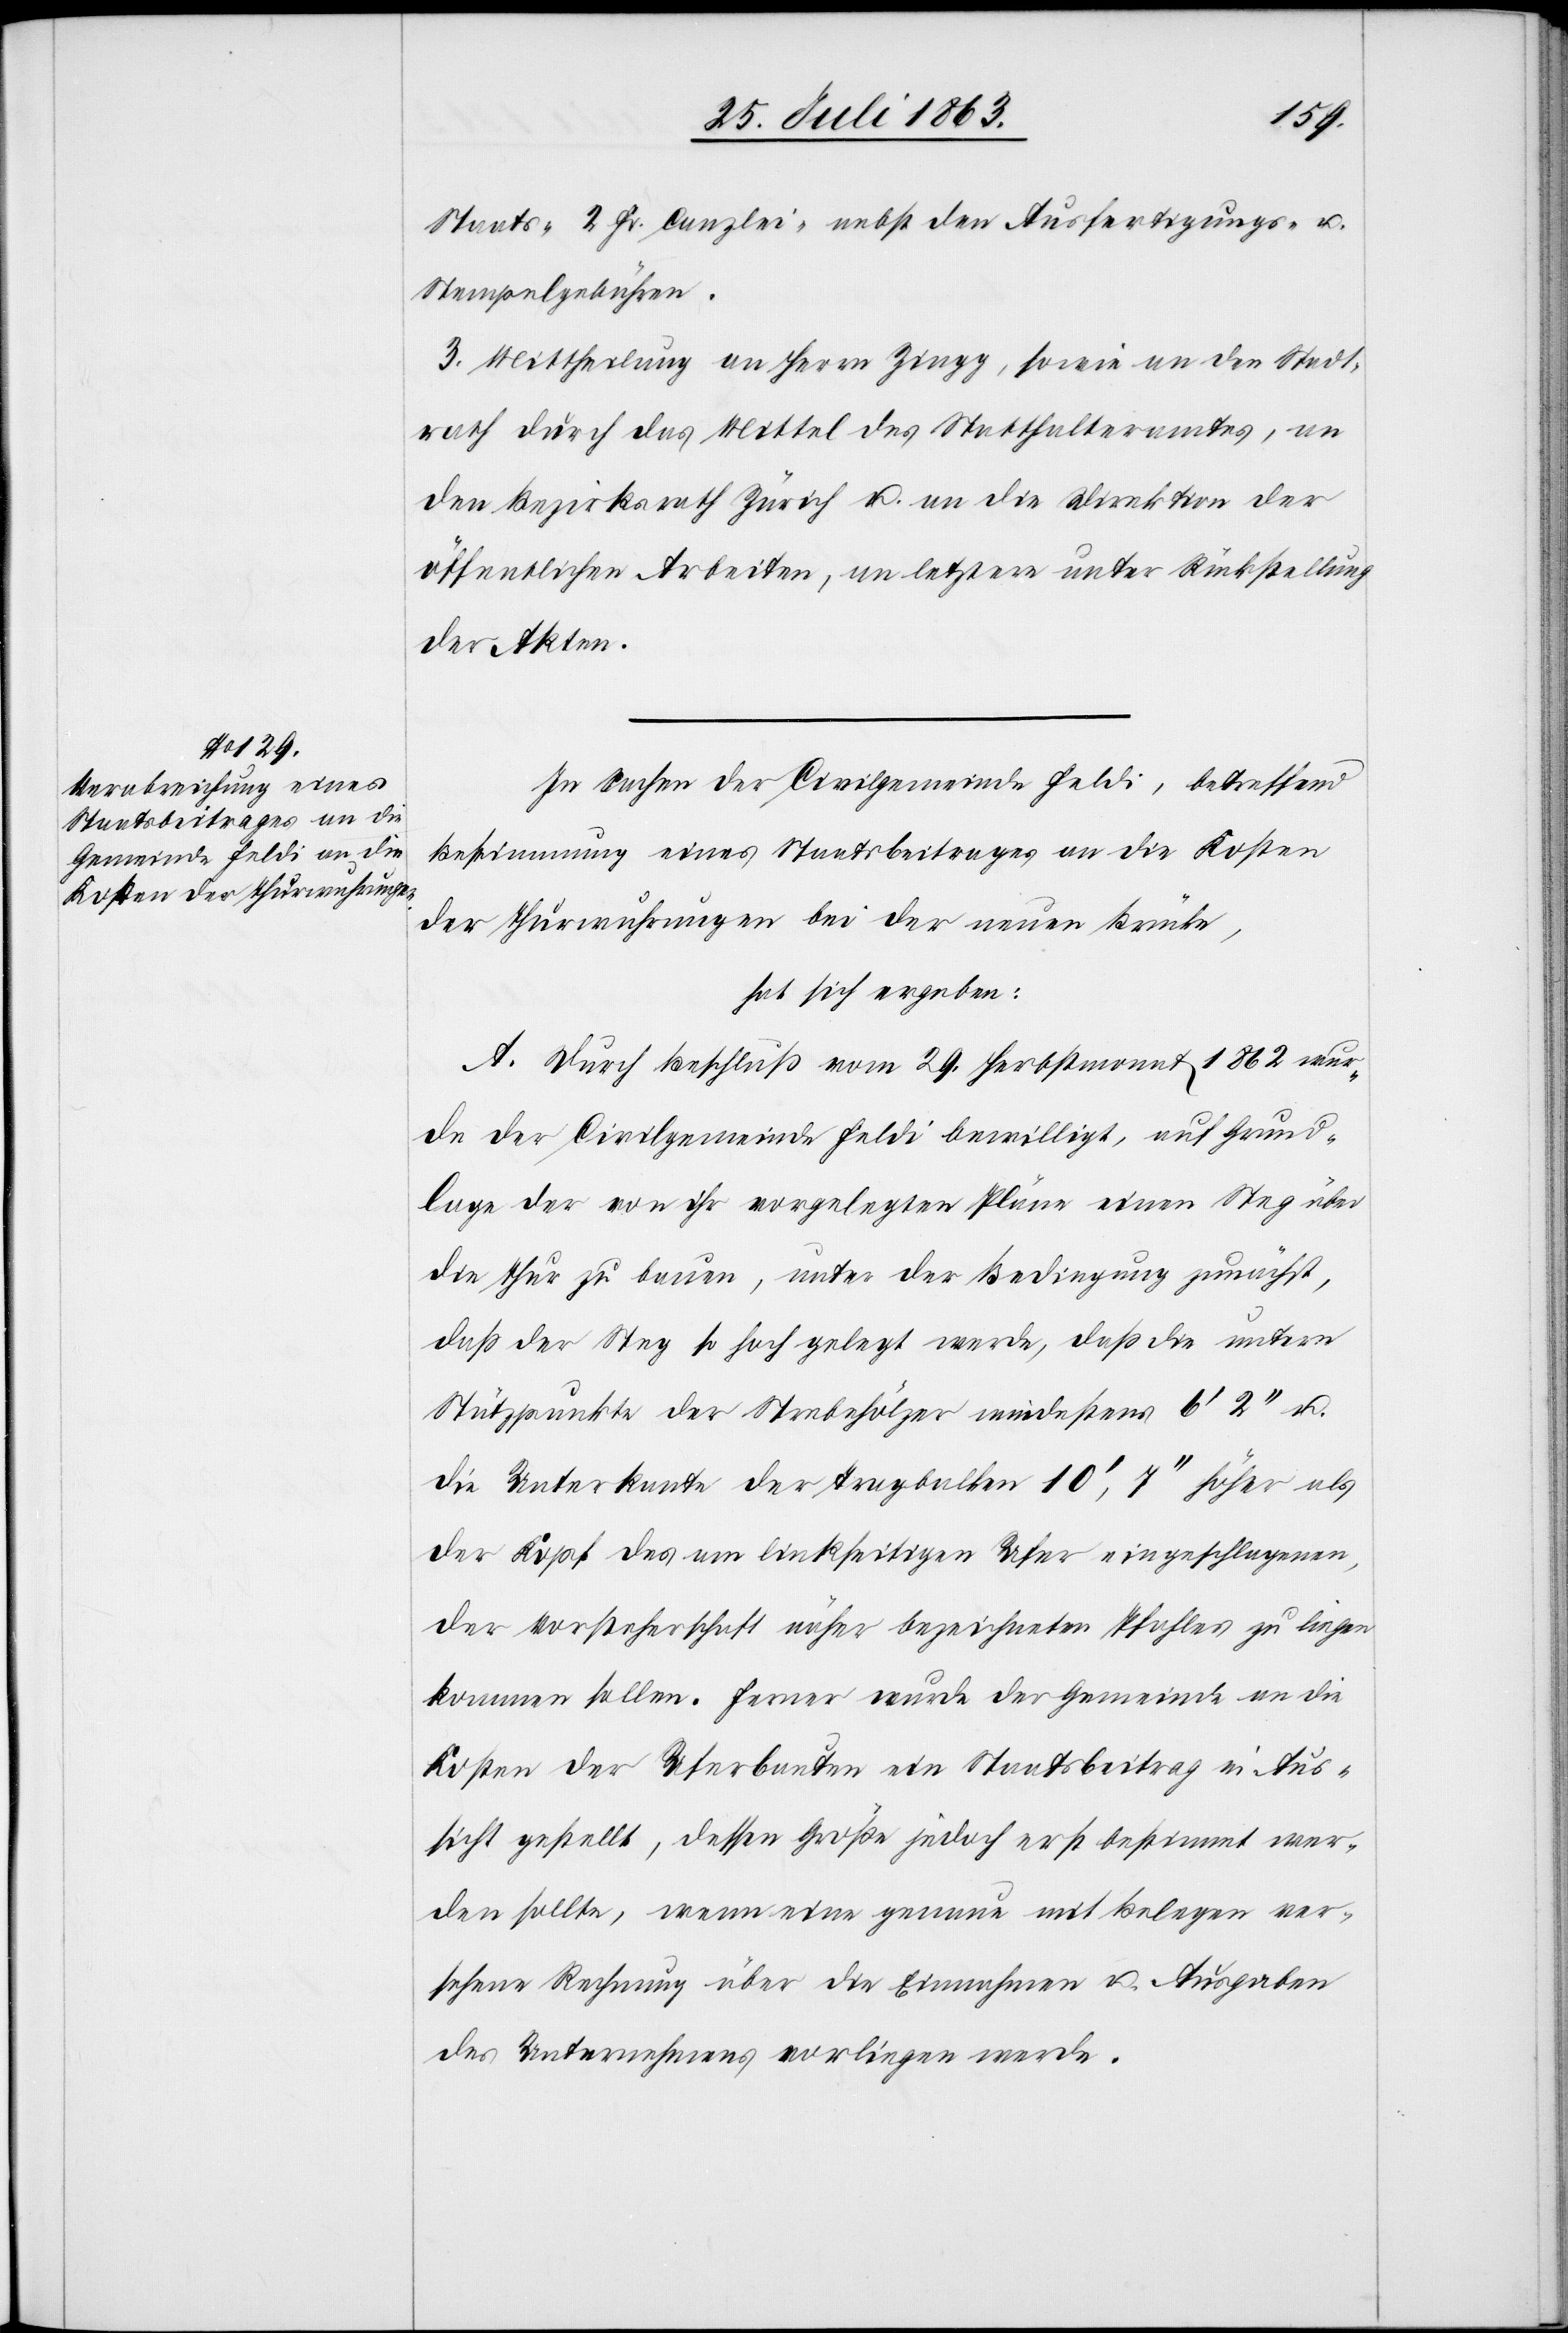
Staats-[,] 2 Fr. Canzlei- nebst den Ausfertigungs- u.
Stempelgebühren.
3. Mittheilung an Herrn Zingg, sowie an den Stadt¬
rath durch das Mittel des Statthalteramtes, an
den Bezirksrath Zürich u. an die Direktion der
öffentlichen Arbeiten, an letztere unter Rückstellung
der Akten.
In Sachen der Civilgemeinde Feldi, betreffend
Bestimmung eines Staatsbeitrages an die Kosten
der Thurwuhrungen bei der neuen Brücke,
hat sich ergeben:
A. Durch Beschluß vom 29. Herbstmonat 1862 wur¬
de der Civilgemeinde Feldi bewilligt, auf Grund¬
lage der von ihr vorgelegten Pläne einen Steg über
die Thur zu bauen, unter der Bedingung zunächst,
daß der Steg so hoch gelegt werde, daß die untern
Stützpunkte der Strebehölzer mindestens 6' 2'' u.
die Unterkante der Tragbalken 10', 7'' höher als
der Kopf des am linkseitigen Ufer eingeschlagenen,
der Vorsteherschaft näher bezeichneten Pfahles zu liegen
kommen sollen. Ferner wurde der Gemeinde an die
Kosten der Uferbauten ein Staatsbeitrag in Aus¬
sicht gestellt, dessen Größe jedoch erst bestimmt wer¬
den sollte, wenn eine genaue mit Belegen ver¬
sehene Rechnung über die Einnahmen u. Ausgaben
des Unternehmens vorliegen werde.